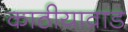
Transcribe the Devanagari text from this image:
काठीयाव़ाड